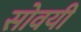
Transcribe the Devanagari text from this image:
सोवयी